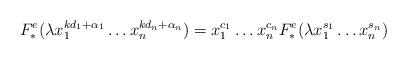
LaTeX: \begin{align*} F_*^e(\lambda x_1^{kd_1+\alpha_1}\dots x_n^{kd_n+\alpha_n}) = x_1^{c_1}\dots x_n^{c_n}F_*^e(\lambda x_1^{s_1}\dots x_n^{s_n})\end{align*}